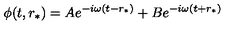
\phi ( t , r _ { * } ) = A e ^ { - i \omega ( t - r _ { * } ) } + B e ^ { - i \omega ( t + r _ { * } ) }